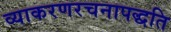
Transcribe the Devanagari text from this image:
व्याकरणरचनापद्धति